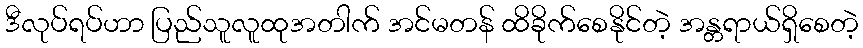
ဒီလုပ်ရပ်ဟာ ပြည်သူလူထုအတါက် အင်မတန် ထိခိုက်စေနိုင်တဲ့ အန္တရာယ်ရှိစေတဲ့